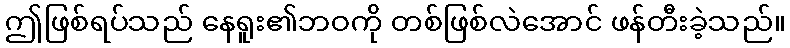
ဤဖြစ်ရပ်သည် နေရူး၏ဘဝကို တစ်ဖြစ်လဲအောင် ဖန်တီးခဲ့သည်။